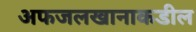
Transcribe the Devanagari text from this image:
अफजलखानाकडील